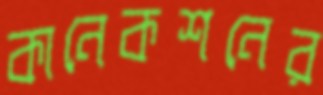
কানেকশনের